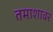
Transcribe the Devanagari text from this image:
तमाशावर